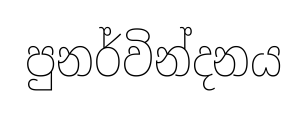
පුනර්වින්දනය